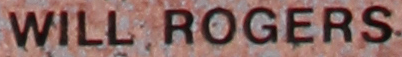
WILL ROGERS